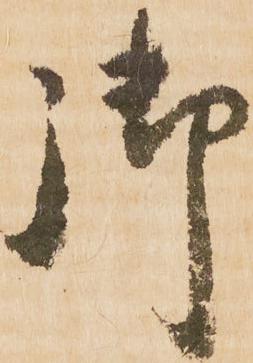
御